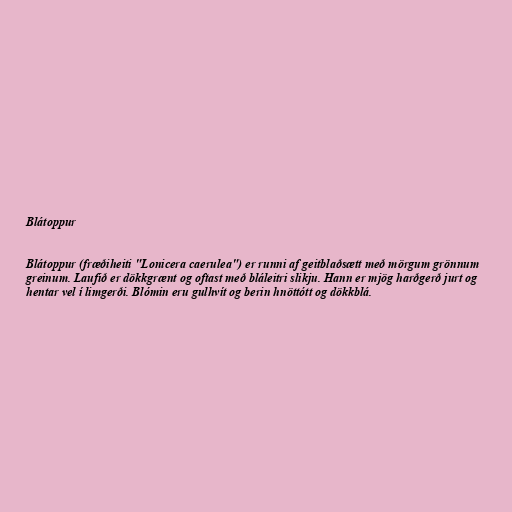
Blátoppur

Blátoppur (fræðiheiti "Lonicera caerulea") er runni af geitblaðsætt með mörgum grönnum
greinum. Laufið er dökkgrænt og oftast með bláleitri slikju. Hann er mjög harðgerð jurt og
hentar vel í limgerði. Blómin eru gulhvít og berin hnöttótt og dökkblá.